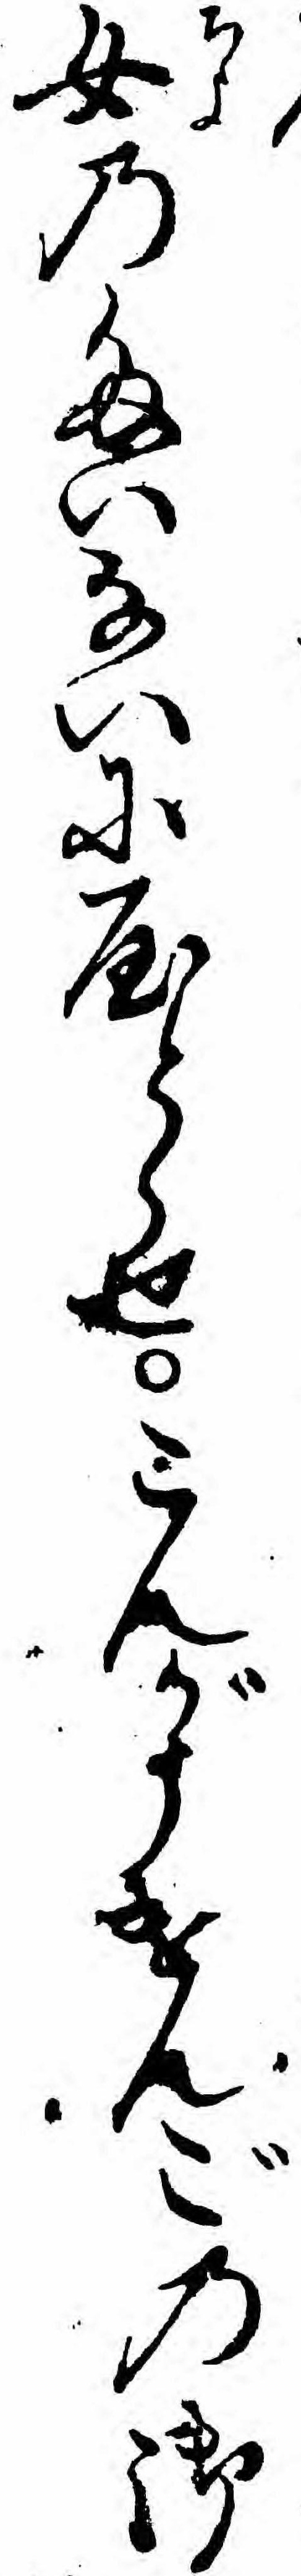
女のたいないにやとらせこんがうけんごの御